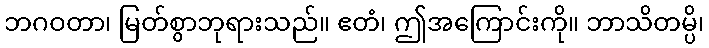
ဘဂဝတာ၊ မြတ်စွာဘုရားသည်။ ဧတံ၊ ဤအကြောင်းကို။ ဘာသိတမ္ပိ၊